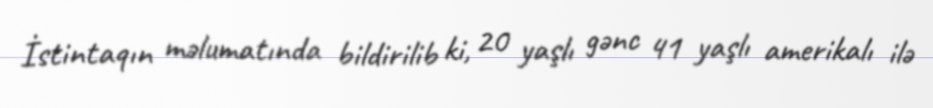
İstintaqın məlumatında bildirilib ki, 20 yaşlı gənc 41 yaşlı amerikalı ilə